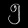
Digit: ၅